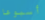
أسبوعا